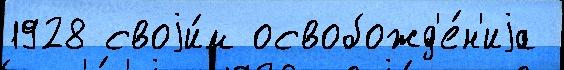
1928 своjи́м освобожд'е́н'иjа